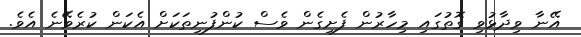
އޭނާ ވިދާޅުވި ގޮތުގައި މިހާރުން ފެށިގެން ވެސް ކުންފުނިތަކަށް އެކަން ކުރެވޭނެ އެވެ.